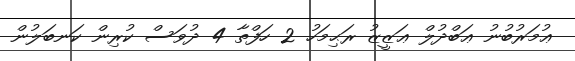
ޢުމަރުބުނު ޢަބްދުލް ޢަޒީޒު ރަޙިމަހު 2 ހަފްތާ 4 ދުވަސް ކުރިން ކަނބަލުން